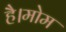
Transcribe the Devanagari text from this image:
है।मोम